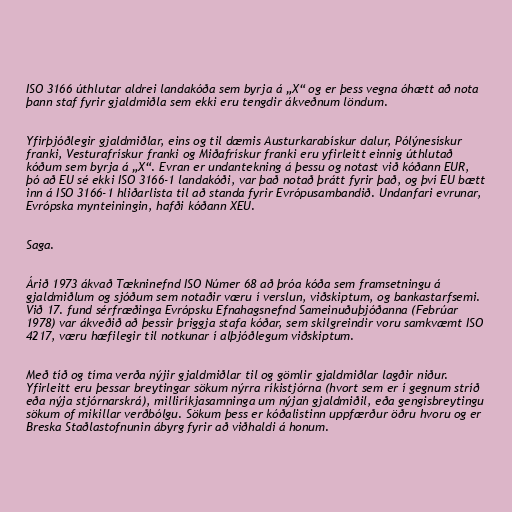
ISO 3166 úthlutar aldrei landakóða sem byrja á „X“ og er þess vegna óhætt að nota
þann staf fyrir gjaldmiðla sem ekki eru tengdir ákveðnum löndum.

Yfirþjóðlegir gjaldmiðlar, eins og til dæmis Austurkarabískur dalur, Pólýnesískur
franki, Vesturafrískur franki og Miðafrískur franki eru yfirleitt einnig úthlutað
kóðum sem byrja á „X“. Evran er undantekning á þessu og notast við kóðann EUR,
þó að EU sé ekki ISO 3166-1 landakóði, var það notað þrátt fyrir það, og því EU bætt
inn á ISO 3166-1 hliðarlista til að standa fyrir Evrópusambandið. Undanfari evrunar,
Evrópska mynteiningin, hafði kóðann XEU.

Saga.

Árið 1973 ákvað Tækninefnd ISO Númer 68 að þróa kóða sem framsetningu á
gjaldmiðlum og sjóðum sem notaðir væru í verslun, viðskiptum, og bankastarfsemi.
Við 17. fund sérfræðinga Evrópsku Efnahagsnefnd Sameinuðuþjóðanna (Febrúar
1978) var ákveðið að þessir þriggja stafa kóðar, sem skilgreindir voru samkvæmt ISO
4217, væru hæfilegir til notkunar í alþjóðlegum viðskiptum.

Með tíð og tíma verða nýjir gjaldmiðlar til og gömlir gjaldmiðlar lagðir niður.
Yfirleitt eru þessar breytingar sökum nýrra ríkistjórna (hvort sem er í gegnum stríð
eða nýja stjórnarskrá), milliríkjasamninga um nýjan gjaldmiðil, eða gengisbreytingu
sökum of mikillar verðbólgu. Sökum þess er kóðalistinn uppfærður öðru hvoru og er
Breska Staðlastofnunin ábyrg fyrir að viðhaldi á honum.